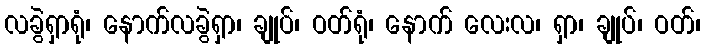
လခွဲရှာရုံ၊ နောက်လခွဲရှာ၊ ချုပ်၊ ဝတ်ရုံ၊ နောက် လေးလ၊ ရှာ၊ ချုပ်၊ ဝတ်၊